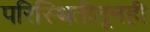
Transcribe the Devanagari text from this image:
परिस्थितीतूनही